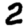
Digit: 2